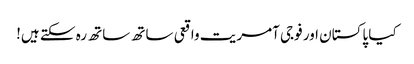
کیا پاکستان اور فوجی آمریت واقعی ساتھ ساتھ رہ سکتے ہیں!